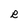
Character: R